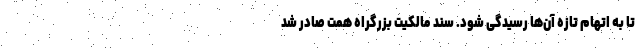
تا به اتهام تازه آن‌ها رسیدگی شود. سند مالکیت بزرگراه همت صادر شد